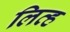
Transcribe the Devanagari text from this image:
लिव्ह